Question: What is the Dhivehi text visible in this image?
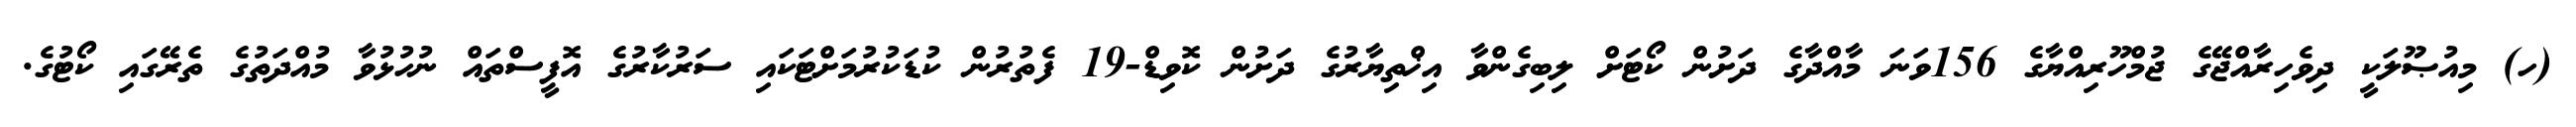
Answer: (ހ) މިއުޞޫލަކީ ދިވެހިރާއްޖޭގެ ޖުމްހޫރިއްޔާގެ 156ވަނަ މާއްދާގެ ދަށުން ކޯޓަށް ލިބިގެންވާ އިޚްތިޔާރުގެ ދަށުން ކޮވިޑް-19 ފެތުރުން ކުޑަކުރުމަށްޓަކައި ސަރުކާރުގެ އޮފީސްތައް ނުހުޅުވާ މުއްދަތުގެ ތެރޭގައި ކޯޓުގެ.